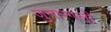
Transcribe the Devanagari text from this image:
जुनारगली